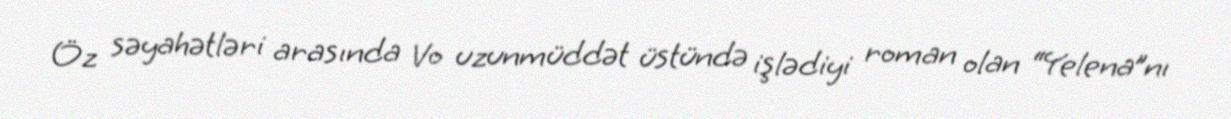
Öz səyahətləri arasında Vo uzunmüddət üstündə işlədiyi roman olan “Yelena”nı